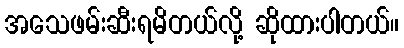
အသေဖမ်းဆီးရမိတယ်လို့ ဆိုထားပါတယ်။